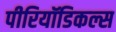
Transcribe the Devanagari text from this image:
पीरियॉडिकल्स